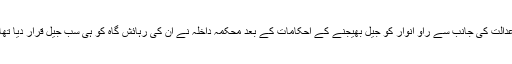
عدالت کی جانب سے راؤ انوار کو جیل بھیجنے کے احکامات کے بعد محکمہ داخلہ نے ان کی رہائش گاہ کو ہی سب جیل قرار دیا تھا۔